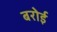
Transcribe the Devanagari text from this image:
बरोई